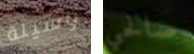
وسيلة صالحي